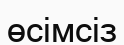
өсімсіз